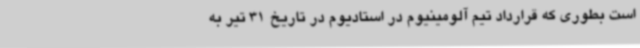
است بطوری که قرارداد تیم آلومینیوم در استادیوم در تاریخ 31 تیر به